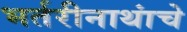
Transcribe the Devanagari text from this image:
भर्तरीनाथांचे